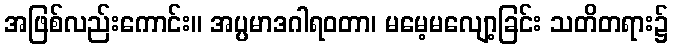
အဖြစ်လည်းကောင်း။ အပ္ပမာဒဂါရဝတာ၊ မမေ့မလျော့ခြင်း သတိတရား၌